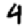
Digit: 4